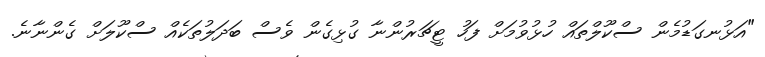
"އަޅުނގަޑުމެން ސްކޫލްތައް ހުޅުވުމަށް ފަހު ޓީޗަރުންނާ ގުޅިގެން ވެސް ބަދަލުތަކެއް ސްކޫލަށް ގެންނާނެ.